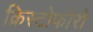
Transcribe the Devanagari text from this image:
क्रिस्टोफोरो